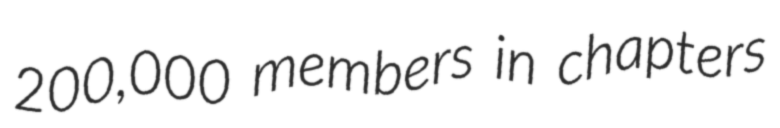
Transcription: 200,000 members in chapters